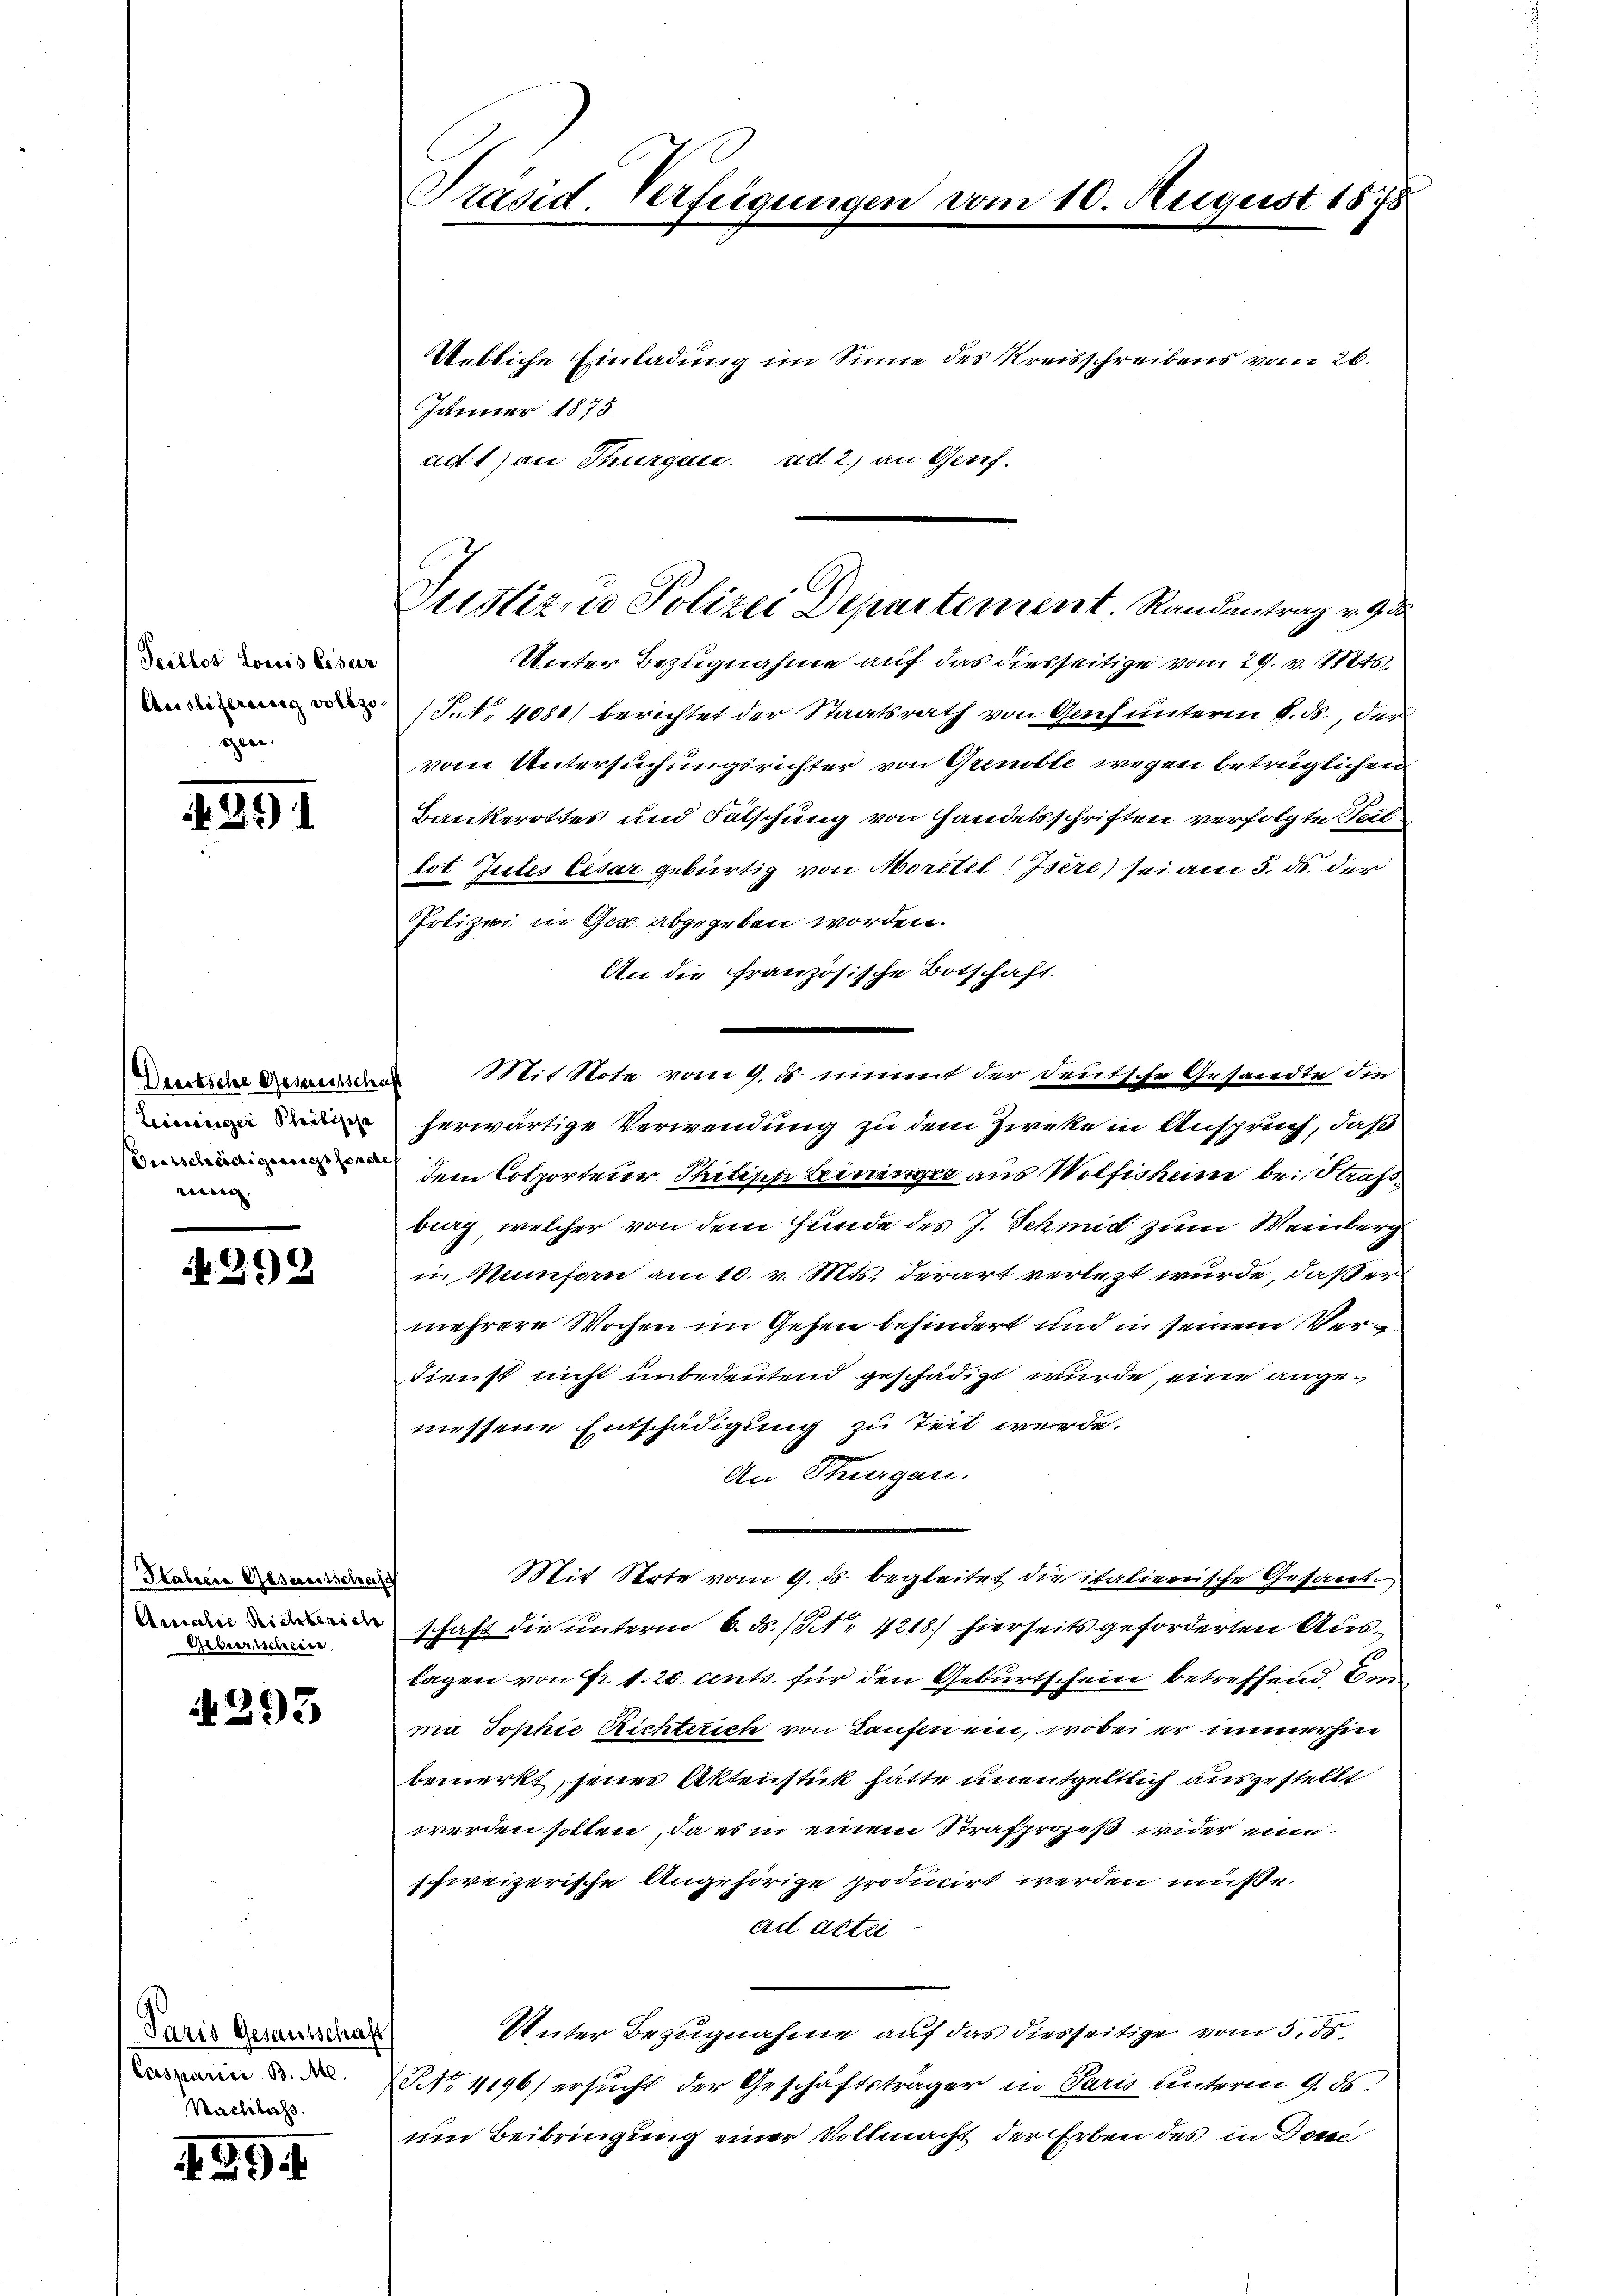
Peillos Louis Cesar
Auslieferung vollzo
geei

1291

Deutsche Gesezessche
Leieiniger Philische
viani,

N 299

Hahren Gesamtschaf
Amicilie Richberich
Geberischeine

293

Paris Gesantschaft
Casparii B. Me
Nachlass.

39.

Präsid. Verfügungen vom 10. August 1878.

Justiz, u. Polizei Departement. Randantrag v. 9. 30

Uebliche Einladung im Sinne des Kreisschreibens vom 26.
Jänner 1875.
ad 1) au Thurgan. ad 2.) an Genf.
Unter Bezugnahme auf das diesseitige vom 29. v. 1885
(Frk. 4080) berichtet der Staatsrath von Genf unterm 8. ds., der
vom Untersuchungsrichter von Grenoble wegen beträglichen
Bankerottes und Fälschung von Handelsschriften verfolgte Teil
lot Jules Eisar gebürtig von Moritel (Isere sei am 3. ds. der
Polizei in Ger abgegeben worden.
An die Französische Botschaft
 Mit Note vom 9. ds nimmt der deutsche Gesandte die
herwärtige Verwendung zu dem Zirke in Anspruch, daß
dem Colporteur Philipp Leininger aus Wolfisheim bei Strass
burg, welcher von dem Hunde des J. Schmid zum Weinberg
in Munforn am 10. v. Mts. derart verlezt wurde, daß er
mehrere Wochen im Gehen behindert und in seinem Ver¬
Fienst nicht unbedeutend geschädigt wurde, eine angemessene Entschädigung zu Zeit werde.
An Hungen.
Mit Stote vom 9. ds begleitet die italienische Gesandte
schaft die unterm 6. ds. (NNo. 4218) hierseits geforderten Auslagen von Fr. 1. 20. ents für den Geburtschein betreffend, de
ma Jophie Richterich von Laufen ein, wobei er immerhin
bemerkt, jenes Aktenstück hatte unentgeltlich auszustellt
werden sollen, da es in einem Strafprozeß wider eine
schweizerische Angehörige producirt werden müsse.
ad Acte
Unter Bezugnahme auf das diesseitige vom 5. ds.
NNo. 4196) ersucht der Geschäftsträger in Paris unterm 9. ds.
um Beibringung einer Vollmacht der Erben des in Done